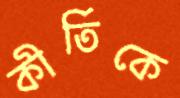
কীর্তিকে